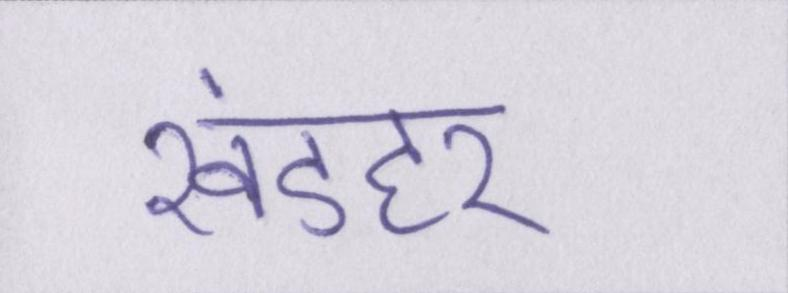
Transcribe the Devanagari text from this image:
खंडहर